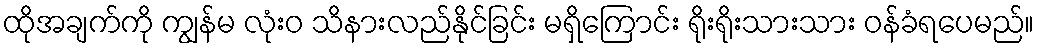
ထိုအချက်ကို ကျွန်မ လုံးဝ သိနားလည်နိုင်ခြင်း မရှိကြောင်း ရိုးရိုးသားသား ဝန်ခံရပေမည်။